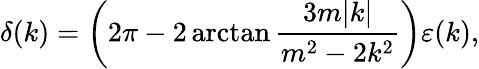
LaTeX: \delta(k)=\left(2\pi-2\arctan{\frac{3m|k|}{m^{2}-2k^{2}}}\right)\varepsilon(k),